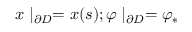
x \mid _ { \partial D } = x ( s ) ; \varphi \mid _ { \partial D } = \varphi _ { * }